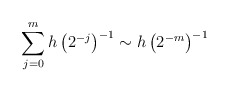
\begin{align*}\sum_{j=0}^m h\left(2^{-j}\right)^{-1} \sim h\left(2^{-m}\right)^{-1}\end{align*}